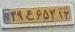
۳۹ع۶۵۲۱۲